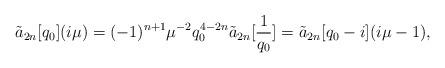
LaTeX: \begin{align*}\tilde{a}_{2n}[q_{0}](i\mu)=(-1)^{n+1}\mu^{-2}q_{0}^{4-2n}\tilde{a}_{2n}[\frac{1}{q_{0}}]=\tilde{a}_{2n}[q_{0}-i](i\mu-1), \end{align*}